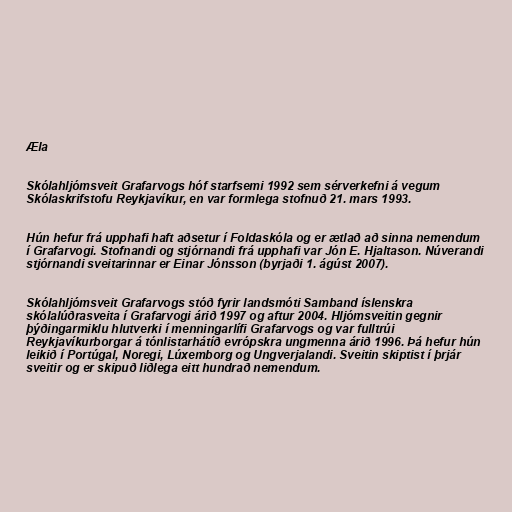
Æla

Skólahljómsveit Grafarvogs hóf starfsemi 1992 sem sérverkefni á vegum
Skólaskrifstofu Reykjavíkur, en var formlega stofnuð 21. mars 1993.

Hún hefur frá upphafi haft aðsetur í Foldaskóla og er ætlað að sinna nemendum
í Grafarvogi. Stofnandi og stjórnandi frá upphafi var Jón E. Hjaltason. Núverandi
stjórnandi sveitarinnar er Einar Jónsson (byrjaði 1. ágúst 2007).

Skólahljómsveit Grafarvogs stóð fyrir landsmóti Samband íslenskra
skólalúðrasveita í Grafarvogi árið 1997 og aftur 2004. Hljómsveitin gegnir
þýðingarmiklu hlutverki í menningarlífi Grafarvogs og var fulltrúi
Reykjavíkurborgar á tónlistarhátíð evrópskra ungmenna árið 1996. Þá hefur hún
leikið í Portúgal, Noregi, Lúxemborg og Ungverjalandi. Sveitin skiptist í þrjár
sveitir og er skipuð liðlega eitt hundrað nemendum.